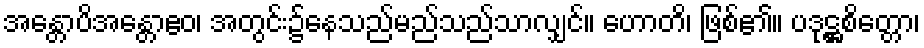
အန္တောပိအန္တောဧဝ၊ အတွင်း၌နေသည်မည်သည်သာလျှင်။ ဟောတိ၊ ဖြစ်၏။ ပဒုဋ္ဌစိတ္တော၊